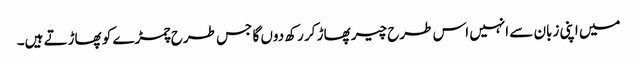
میں اپنی زبان سے انہیں اس طرح چیر پھاڑ کر رکھ دوں گا جس طرح چمڑے کو پھاڑتے ہیں۔